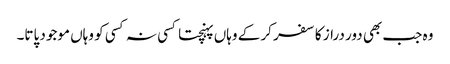
وہ جب بھی دور دراز کا سفر کر کے وہاں پہنچتا کسی نہ کسی کو وہاں موجود پاتا۔